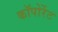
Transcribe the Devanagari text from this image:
कॉपोर्रेट